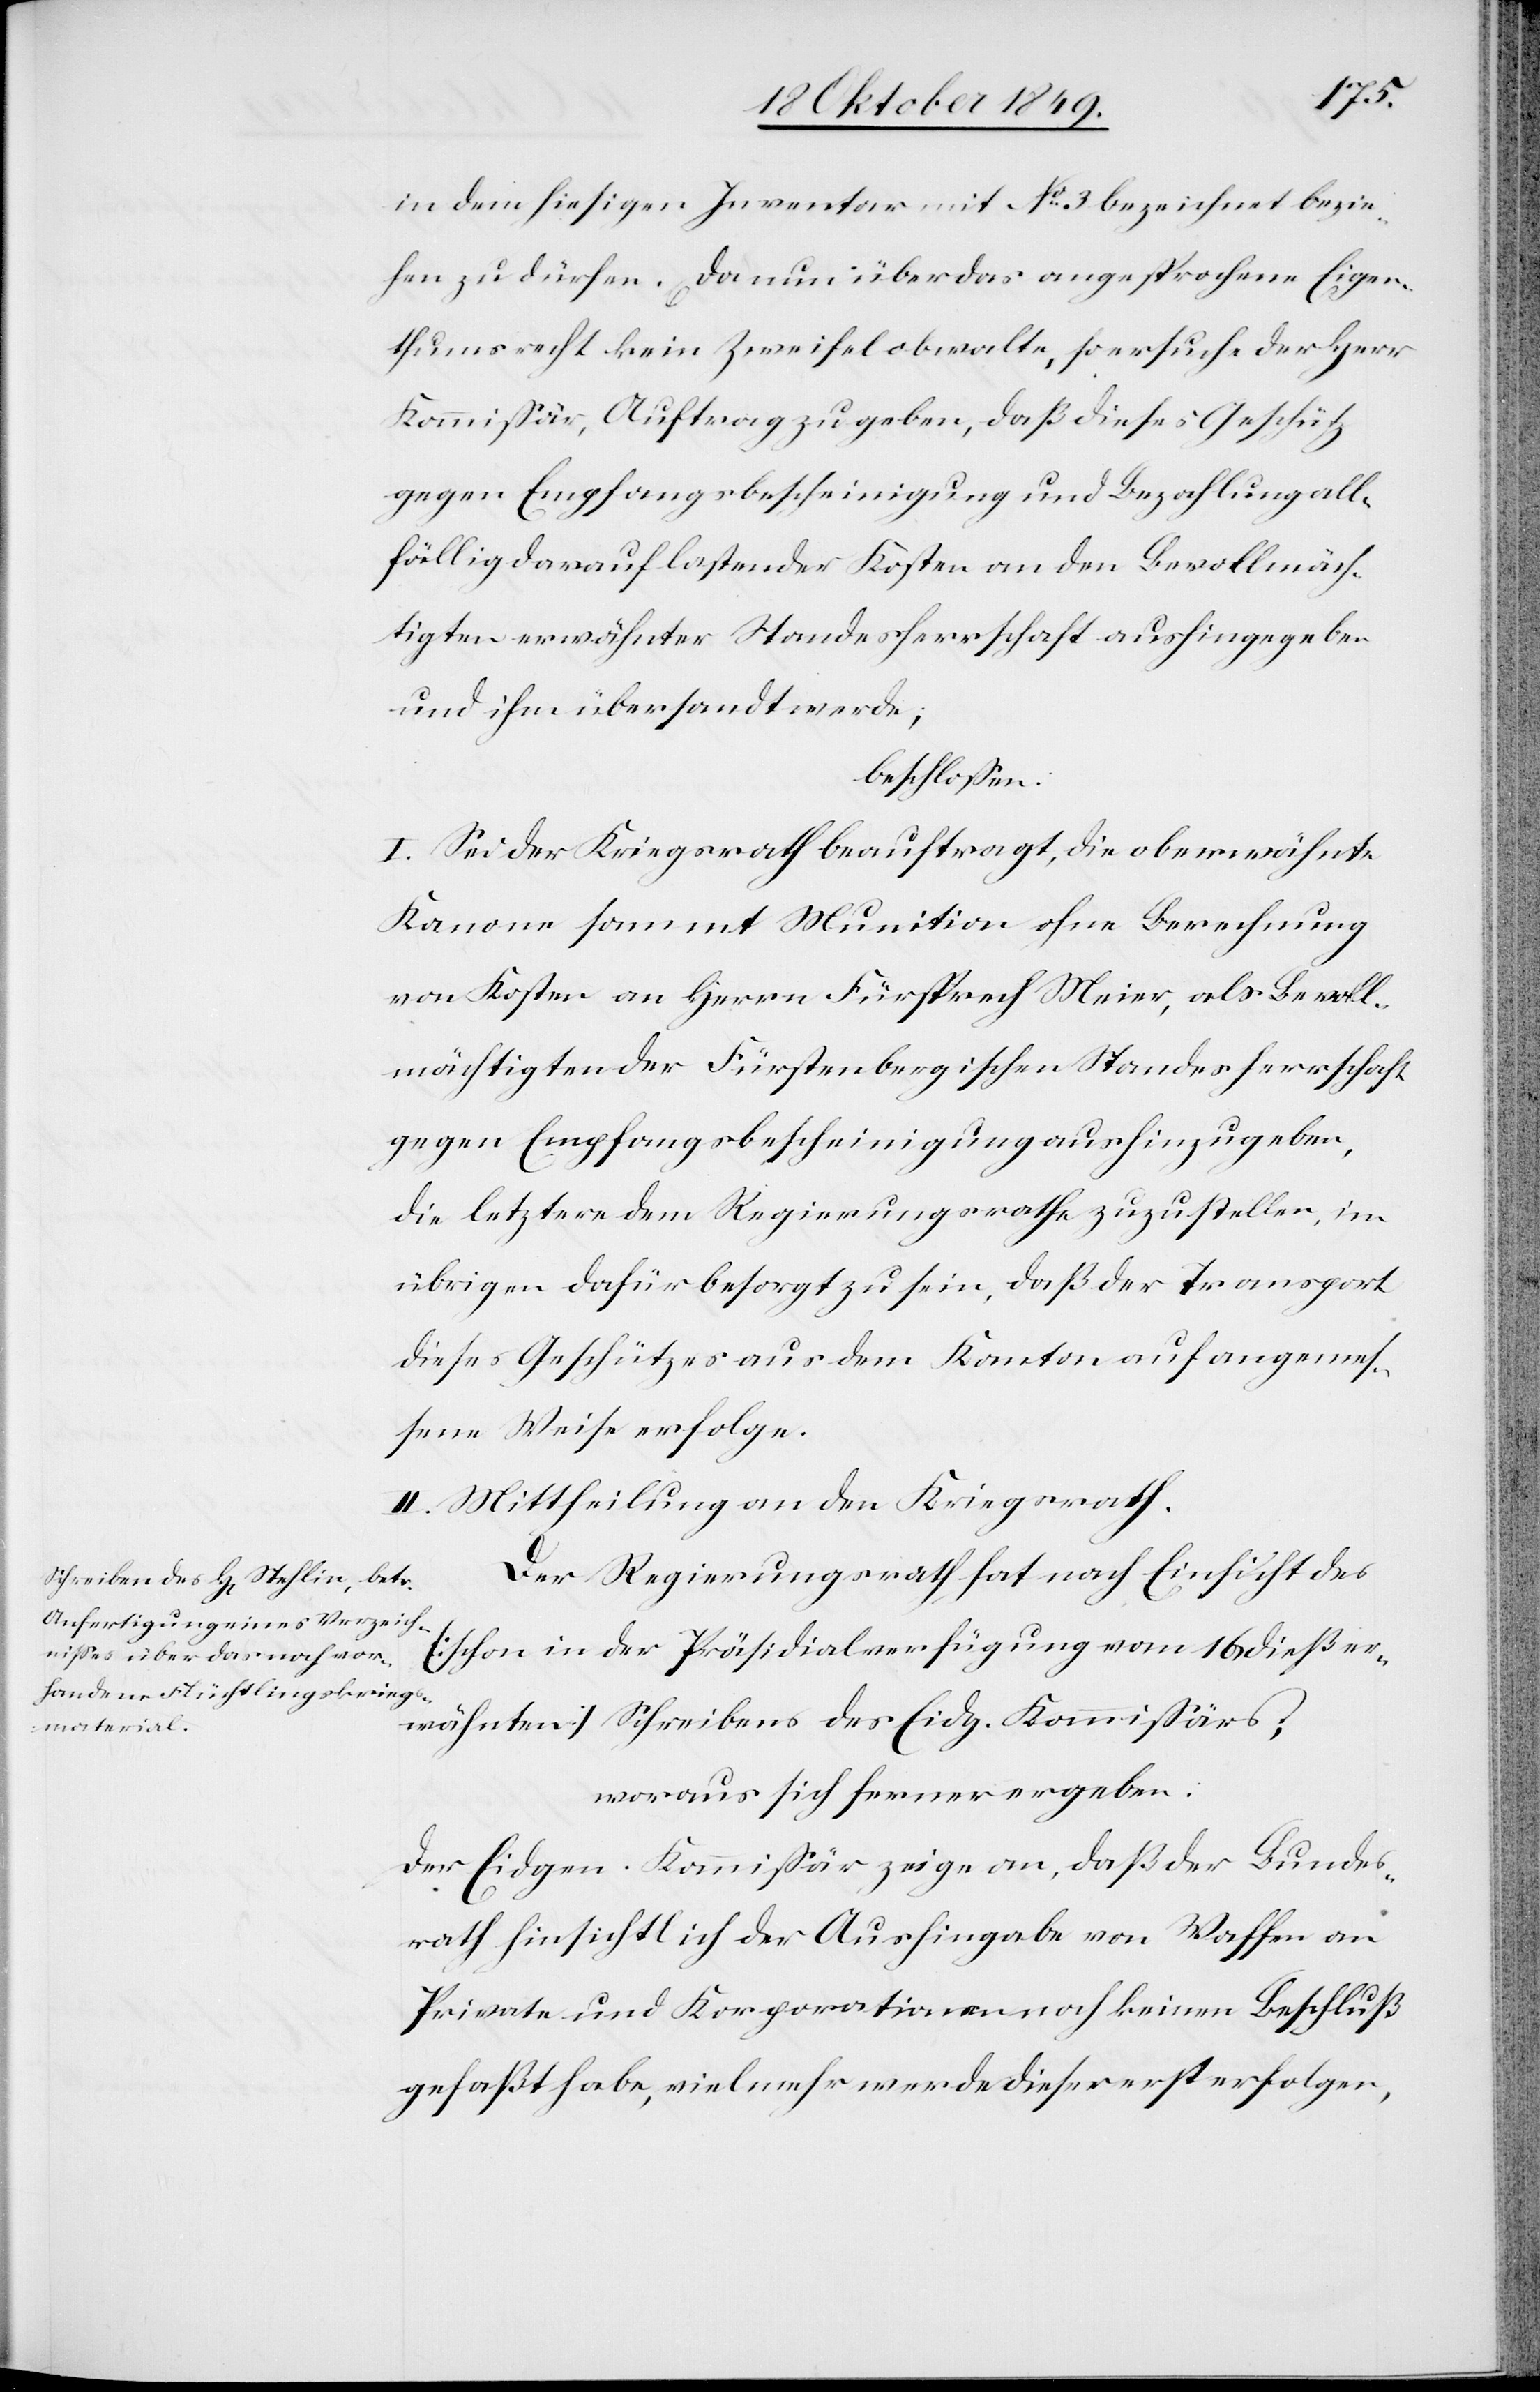
woraus
in dem hiesigen Inventar mit N° 3 bezeichnet bezie¬
hen zu dürfen. Da nun über das angesprochene Eigen¬
thumsrecht kein Zweifel obwalte, so ersuche der Herr
Kommißär, Auftrag zu geben, daß dieses Geschütz
gegen Empfangsbescheinigung und Bezahlung all¬
fällig darauf lastender Kosten an den Bevollmäch¬
tigten erwähnter Standesherrschaft aushingegeben
und ihm übersendet werde;
beschloßen:
I. Sei der Kriegsrath beauftragt, die oberwähnte
Kanone sammt Munition ohne Berechnung
von Kosten an Herrn Fürsprech Meier, als Bevoll¬
mächtigten der Fürstenbergischen Standesherrschaft
gegen Empfangsbescheinigung aushinzugeben,
die letztere dem Regierungsrathe zuzustellen, im
uebrigen dafür besorgt zu sein, daß der Transport
dieses Geschützes aus dem Kanton auf angemeß¬
ene Weise erfolge.
II. Mittheilung an den Kriegsrath.
Der Regierungsrath hat nach Einsicht des
[schon in der Präsidialverfügung vom 16 Oktober er¬
wähnten] Schreibens des Eidg. Kommißärs:
Der Eidgen. Kommißär zeige an, daß der Bundes¬
rath hinsichtlich der Aushingabe von Waffen an
Private und Korporationen noch keinen Beschluß
gefaßt habe, vielmehr werde dieser erst erfolgen,